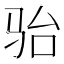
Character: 骀